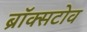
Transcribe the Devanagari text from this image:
ब्रॉक्सटोव